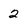
Character: 2